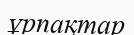
ұрпақтар